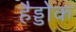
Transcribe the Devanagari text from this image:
हैड्डोक